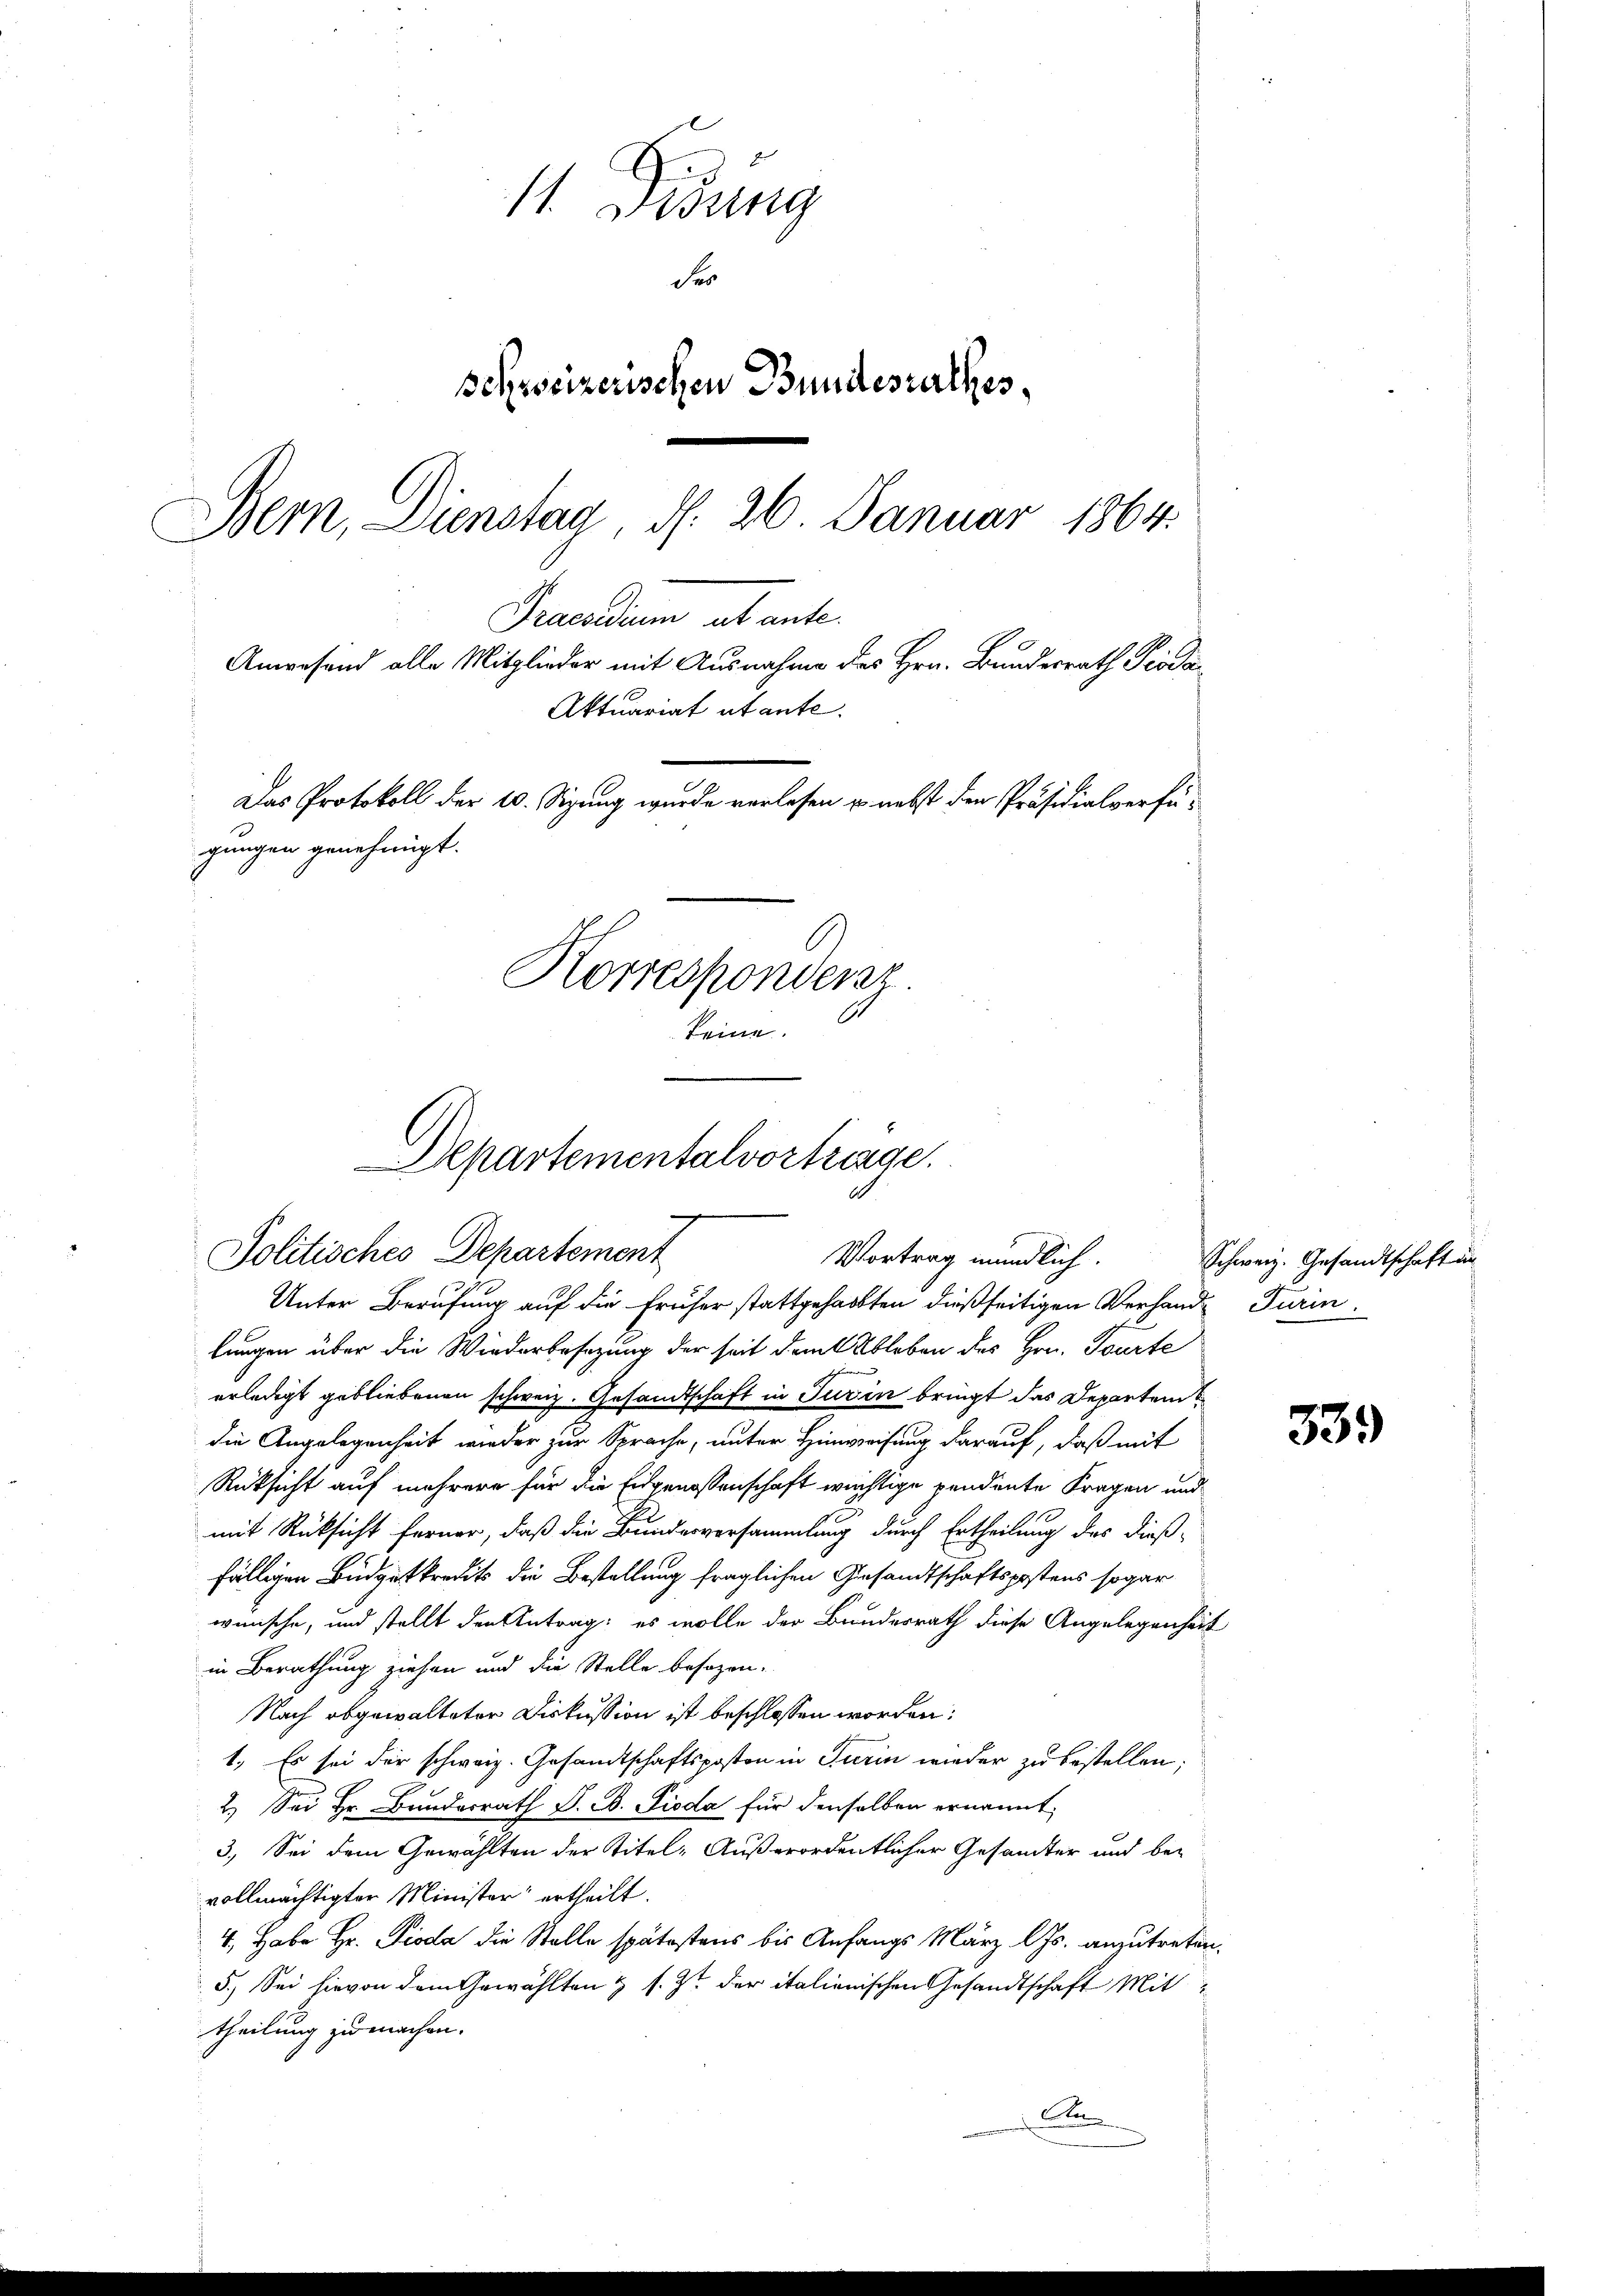
11. Visung
der
schweizerischen Bundesrathes
Bern, Dienstag d. 26. Januar 1864.
Praesidium ut ante.
Anwesend alle Mitglieder mit Ausnahme des Hrn. Bundesrath Pioda¬
Aktuariat utante.
Das Protokoll der 10. Sitzung wurde verlesen u. nebst den Präsidialverfü-
gungen genehmigt.
Korrespondenz
keine.

Unter Berufung auf die früher stattgehabten dießseitigen Verhande Turin.
lungen über die Wiederbesetzung der seit dem Ableben des Hrn. Tourte
erledigt gebliebenen schweiz. Gesandtschaft in Turin bringt das Departem
die Angelegenheit wieder zur Sprache, unter Hinweisung darauf, daß mit
Rüksicht auf mehrere für die Eidgenossenschaft wichtige pendente Fragen und
mit Rücksicht ferner, daß die Bundesversammlung durch Ertheilung des dießfälligen Budgetkredits die Bestellung fraglichen Gesandtschaftspostens sogar
wünsche, und stellt den Antrag: es wolle der Bundesrath diese Angelegenheit
in Berathung ziehen und die Stelle besozen
Nach abgewalteter Diskussion ist beschlossen worden:
1. Es sei der schweiz. Gesandtschaftsposton in Turin wieder zu bestellen;
2.) Sei Hr. Bundesrath F. B. Pioda für denselben ernannt,
3.) Sei dem Gewählten der Titel- Außerordentlicher Gesamter und be-
vollmächtigter Minister ertheilt.
4., Habe Hr. Pioda die Stelle spätestens bis Anfangs März l. Js. anzutreten.
5.) Sei hievon dem Gewählten & s. Zt. der italienischen Gesandtschaft Mittheilung zu machen.
An

Departementalvortringe.
Politisches Departement
Vortrag mündlich. Schweiz. Gesandtschaft un

339